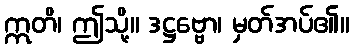
ဣတိ၊ ဤသို့။ ဒဋ္ဌဗ္ဗော၊ မှတ်အပ်၏။